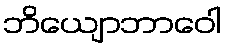
ဘိယျောဘာဝေါ